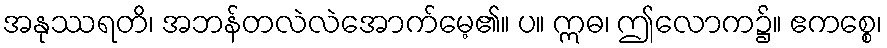
အနုဿရတိ၊ အဘန်တလဲလဲအောက်မေ့၏။ ပ။ ဣဓ၊ ဤလောက၌။ ဧကစ္စေ၊